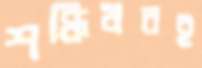
শক্তিধরই